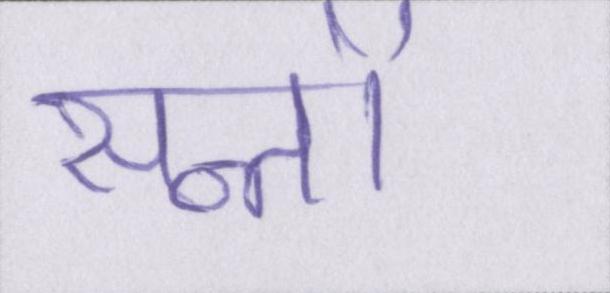
सन्तों